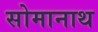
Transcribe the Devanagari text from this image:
सोमानाथ